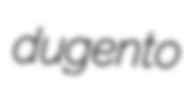
dugento